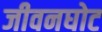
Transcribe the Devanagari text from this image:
जीवनघोट